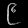
Digit: ၉